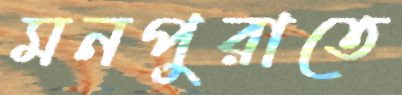
মনপুরাতে